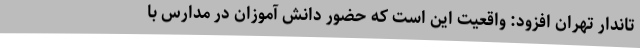
تاندار تهران افزود: واقعیت این است که حضور دانش آموزان در مدارس با